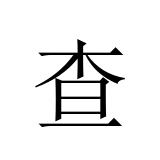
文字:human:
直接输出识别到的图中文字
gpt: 查